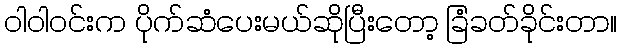
ဝါဝါဝင်းက ပိုက်ဆံပေးမယ်ဆိုပြီးတော့ ခြံခတ်ခိုင်းတာ။